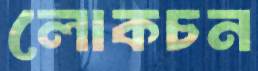
লোকচন